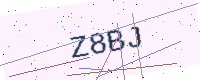
Text: Z8BJ